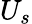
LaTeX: U_{s}